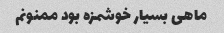
ماهی بسیار خوشمزه بود ممنونم